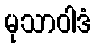
မုသာဝါဒံ